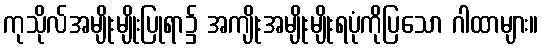
ကုသိုလ်အမျိုးမျိုးပြုရာ၌ အကျိုးအမျိုးမျိုးရပုံကိုပြသော ဂါထာများ။